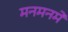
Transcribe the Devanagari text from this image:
मनमनमे